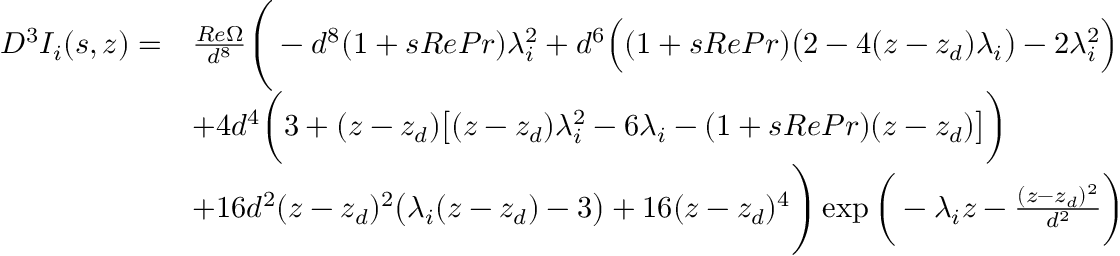
\begin{array} { r l } { D ^ { 3 } I _ { i } ( s , z ) = } & { \frac { R e \Omega } { d ^ { 8 } } \Bigg ( - d ^ { 8 } ( 1 + s R e P r ) \lambda _ { i } ^ { 2 } + d ^ { 6 } \Big ( ( 1 + s R e P r ) \big ( 2 - 4 ( z - z _ { d } ) \lambda _ { i } \big ) - 2 \lambda _ { i } ^ { 2 } \Big ) } \\ & { + 4 d ^ { 4 } \bigg ( 3 + ( z - z _ { d } ) \big [ ( z - z _ { d } ) \lambda _ { i } ^ { 2 } - 6 \lambda _ { i } - ( 1 + s R e P r ) ( z - z _ { d } ) \big ] \bigg ) } \\ & { + 1 6 d ^ { 2 } ( z - z _ { d } ) ^ { 2 } \big ( \lambda _ { i } ( z - z _ { d } ) - 3 \big ) + 1 6 ( z - z _ { d } ) ^ { 4 } \Bigg ) \exp \bigg ( - \lambda _ { i } z - \frac { ( z - z _ { d } ) ^ { 2 } } { d ^ { 2 } } \bigg ) } \end{array}